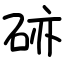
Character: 硛